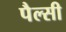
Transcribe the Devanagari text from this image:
पैल्सी